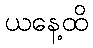
ယနေ့ထိ